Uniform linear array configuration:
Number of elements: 32
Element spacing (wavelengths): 0.75
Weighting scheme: blackman
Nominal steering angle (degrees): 30
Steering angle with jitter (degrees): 29.37
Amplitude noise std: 0.05
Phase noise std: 0.05

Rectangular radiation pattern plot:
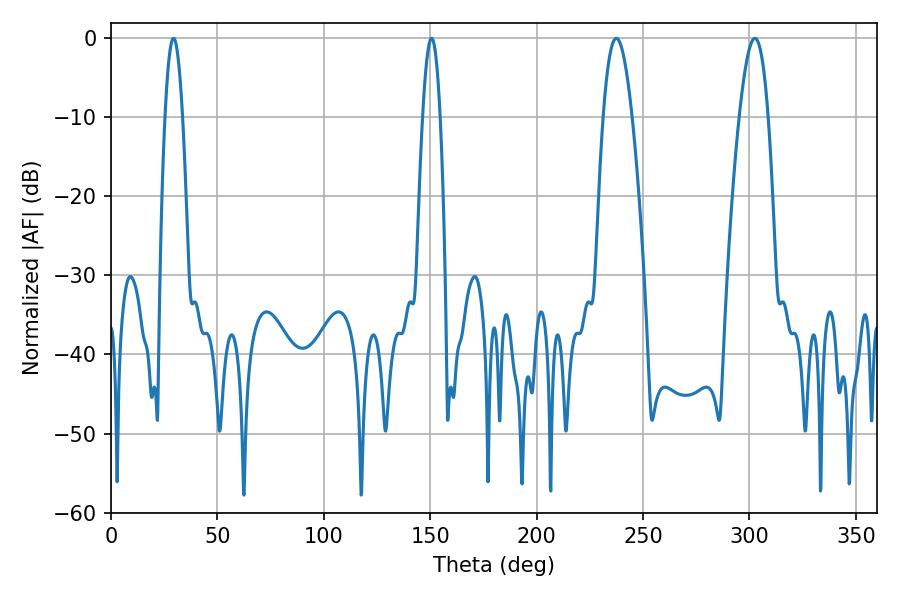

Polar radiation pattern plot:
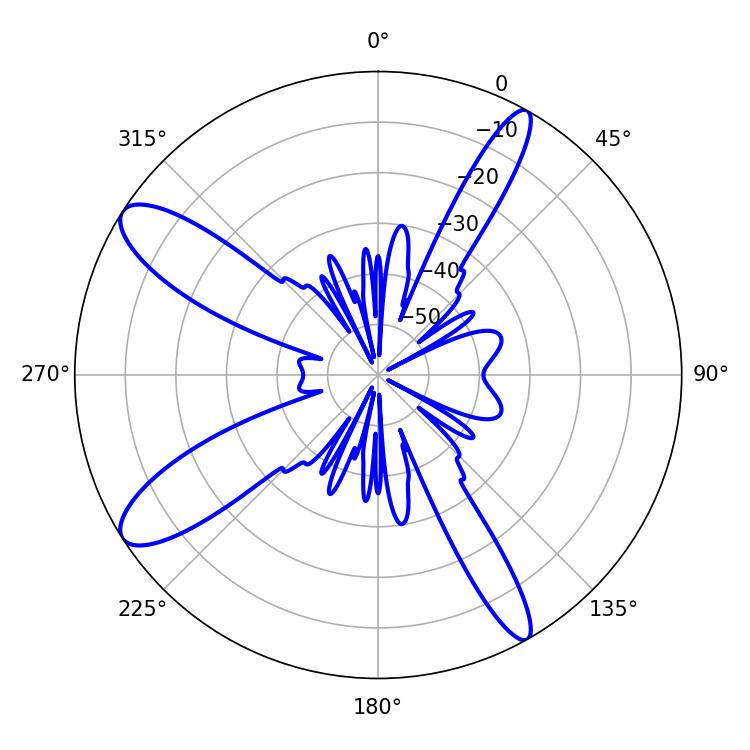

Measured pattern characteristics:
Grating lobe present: TRUE
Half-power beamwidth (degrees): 7.38
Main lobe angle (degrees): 237.42